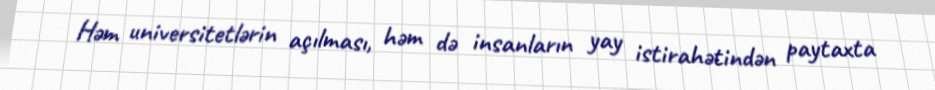
Həm universitetlərin açılması, həm də insanların yay istirahətindən paytaxta